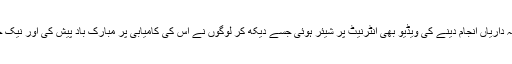
ابو بکر کی پیشہ وارانہ ذمہ داریاں انجام دینے کی ویڈیو بھی انٹرنیٹ پر شیئر ہوئی جسے دیکھ کر لوگوں نے اُس کی کامیابی پر مبارک باد پیش کی اور نیک خواہشات کا اظہار بھی کیا۔